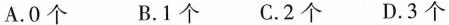
A.0个 B.1个 C.2个 D.3个